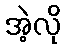
အဲ့လို